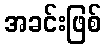
အခင်းဖြစ်